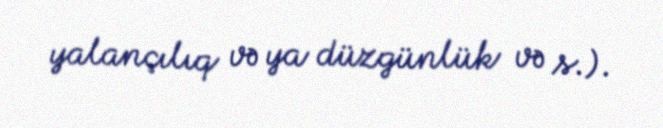
yalançılıq və ya düzgünlük və s.).